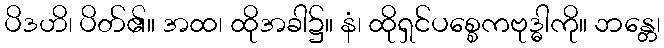
ပိဒဟိ၊ ပိတ်၏။ အထ၊ ထိုအခါ၌။ နံ၊ ထိုရှင်ပစ္စေကဗုဒ္ဓါကို။ ဘန္တေ၊